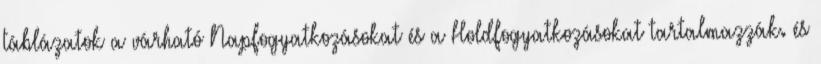
táblázatok a várható Napfogyatkozásokat és a Holdfogyatkozásokat tartalmazzák. és